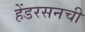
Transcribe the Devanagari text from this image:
हेंडरसनची